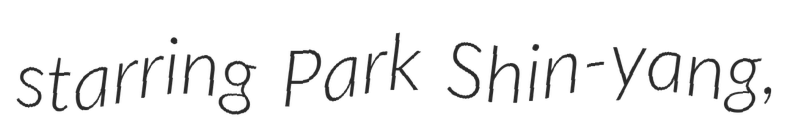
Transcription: starring Park Shin-yang,